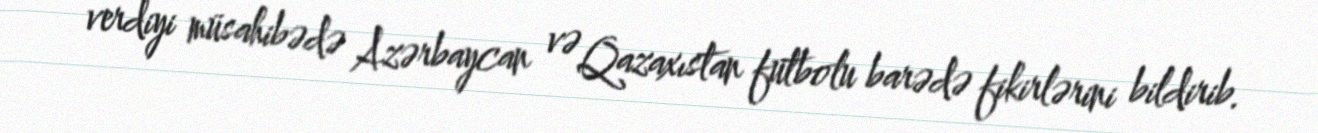
verdiyi müsahibədə Azərbaycan və Qazaxıstan futbolu barədə fikirlərini bildirib.